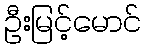
ဦးမြင့်မောင်